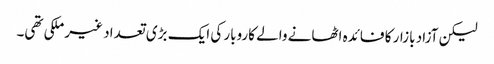
لیکن آزاد بازار کا فائدہ اٹھانے والے کاروبار کی ایک بڑی تعداد غیر ملکی تھی۔